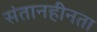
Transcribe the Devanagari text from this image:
संतानहीनता